Leaving Certificate Examination, 1915
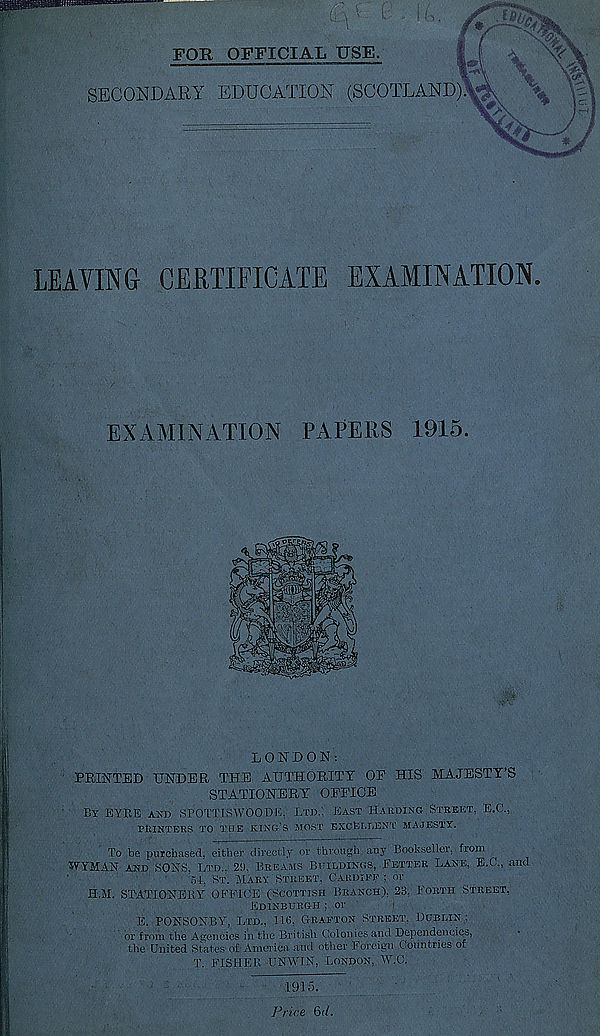
FOR OFFICIAL USE.
tlCl
SECONDARY EDUCATION (SCOTLAND).^ v
LEAVING CERTIFICATE EXAMINATION.
EXAMINATION PAPERS 1915.
LONDON:
PRINTED UNDER THE AUTHORITY OP HIS MAJESTY’S
STATIONERY OPPICE
BY EYEE AND SPOTTISWOODE, LTD., EAST HARDING STREET, E.C.,
PRINTERS TO THE KING’S MOST EXCELLENT MAJESTY.
To be purchased, either directly or through any Bookseller, from
WYMAN AND SONS, LTD., 29, BREAMS BUILDINGS, LETTER LANE, E.C., and
54, ST. MARY STREET, CARDIFF ; or
H.M. STATIONERY: OFFICE (SCOTTISH BRANCH), 23, FORTH STREET,
EDINBURGH ; or
E. PONSONBY, LTD., 116, GRAFTON STREET, DUBLIN :
or from the Agencies in the British Colonies and Dependencies,
the United States of America and other Foreign Countries of
T. FISHER UNWIN, LONDON, W,C.
1915.
Price 6t/.